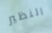
النظير